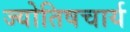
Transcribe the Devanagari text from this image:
ज्योतिषचार्य